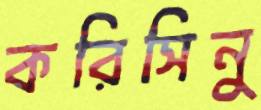
করিসিনু